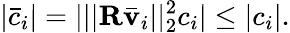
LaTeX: |\bar{c}_{i}|=|||\mathbf{R}\bar{\mathbf{v}}_{i}||_{2}^{2}c_{i}|\leq|c_{i}|.